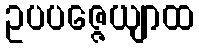
ဥပပဇ္ဇေယျာထ